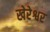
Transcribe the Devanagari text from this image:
खेरेश्वर